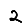
Digit: 2